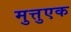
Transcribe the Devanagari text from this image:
मुत्तुएक